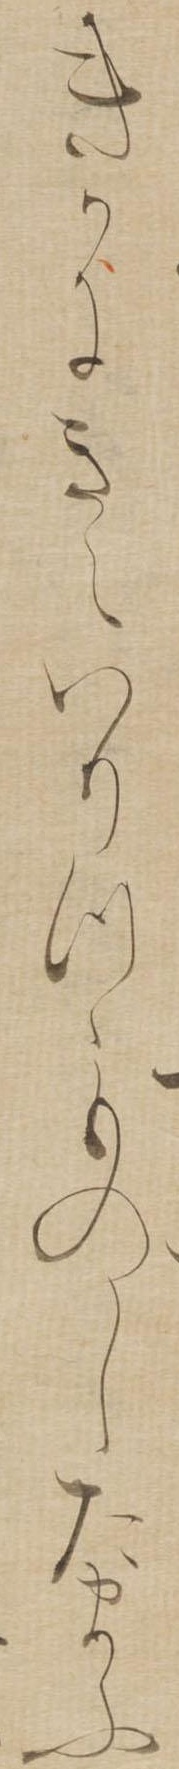
きかにきえいりつゝものしたまふ